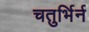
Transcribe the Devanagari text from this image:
चतुर्भिर्न